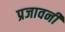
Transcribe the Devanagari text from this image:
प्रजावनी